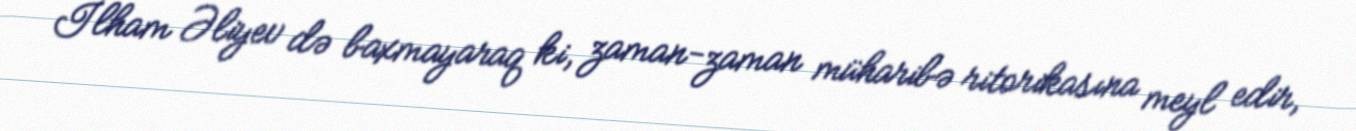
İlham Əliyev də baxmayaraq ki, zaman-zaman müharibə ritorikasına meyl edir,